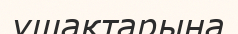
ұшақтарына